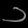
Digit: ၁